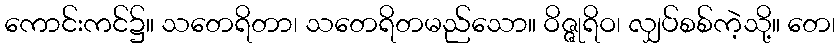
ကောင်းကင်၌။ သတေရိတာ၊ သတေရိတမည်သော။ ဝိဇ္ဇုရိဝ၊ လျှပ်စစ်ကဲ့သို့။ တေ၊